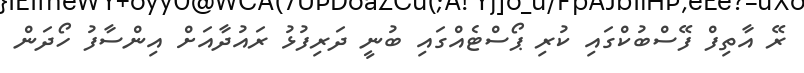
ރޭ އާތިފް ފޭސްބުކްގައި ކުރި ޕޯސްޓެއްގައި ބުނީ ދަރިފުޅު ރައުދާއަށް އިންސާފު ހޯދަން